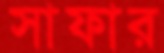
সাফার